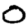
Digit: 0